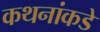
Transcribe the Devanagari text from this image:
कथनांकडे